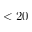
< 2 0